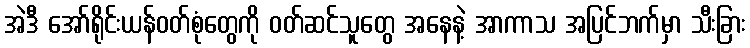
အဲဒီ အော်ရိုင်းယန်ဝတ်စုံတွေကို ဝတ်ဆင်သူတွေ အနေနဲ့ အာကာသ အပြင်ဘက်မှာ သီးခြား